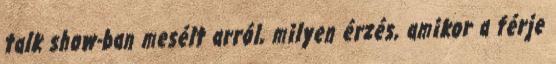
talk show-ban mesélt arról, milyen érzés, amikor a férje